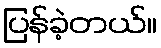
ပြန်ခဲ့တယ်။